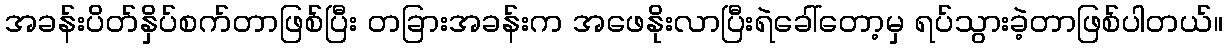
အခန်းပိတ်နှိပ်စက်တာဖြစ်ပြီး တခြားအခန်းက အဖေနိုးလာပြီးရဲခေါ်တော့မှ ရပ်သွားခဲ့တာဖြစ်ပါတယ်။